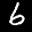
Digit: 6